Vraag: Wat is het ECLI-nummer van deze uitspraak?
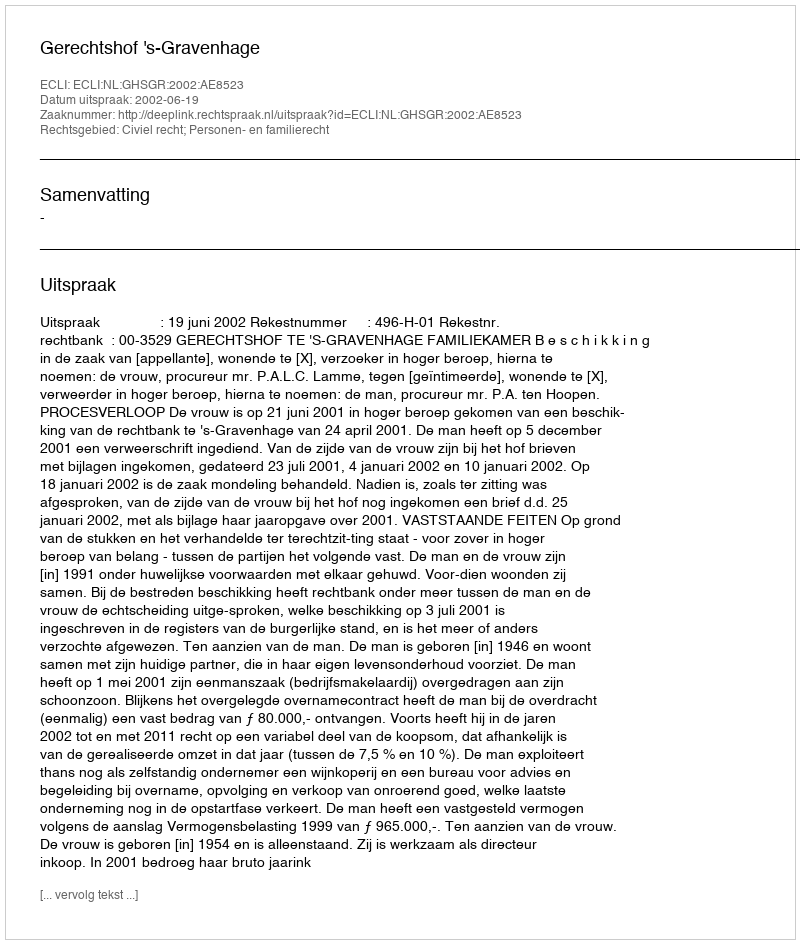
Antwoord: ECLI:NL:GHSGR:2002:AE8523